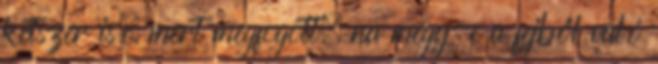
kétszer is, mert megfogott. na megy-e a fejből való